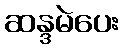
ဆန္ဒမဲပေး